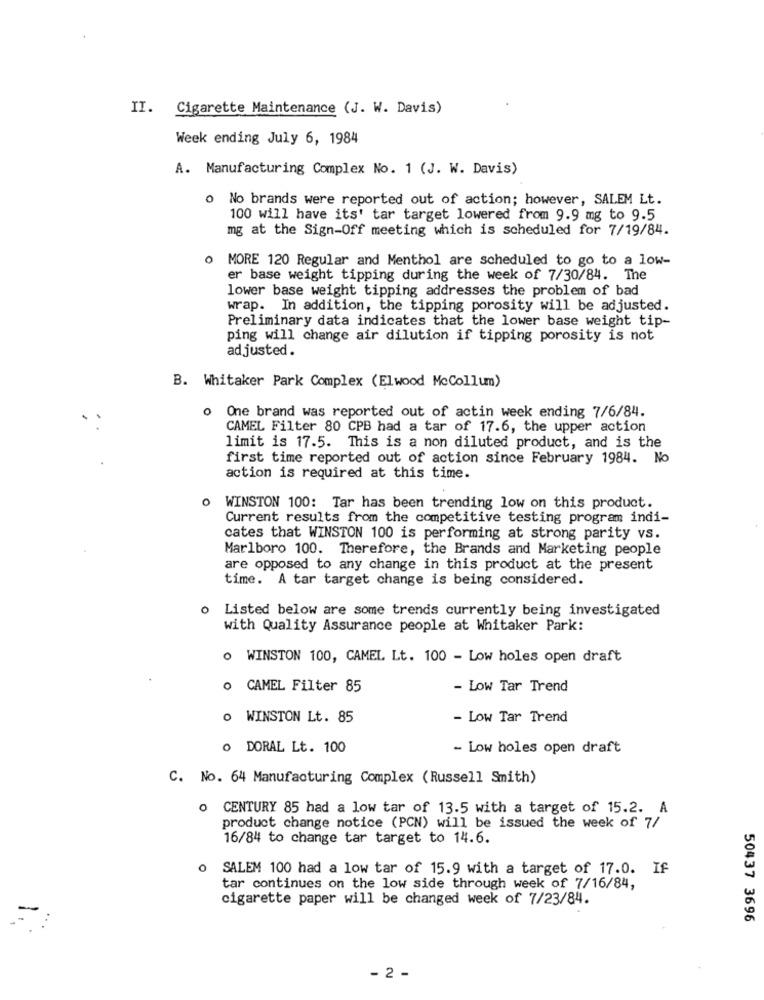
II. Cigarette Maintenance (J. W. Davis)
Week ending July 6, 1984
A. Manufacturing Complex No. 1 (J. W. Davis)
o No brands were reported out of action; however, SALEM Lt.
100 will have its' tar target lowered from 9.9 mg to 9.5
mg at the Sign-Off meeting which is scheduled for 7/19/84.
o MORE 120 Regular and Menthol are scheduled to go to a low-
er base weight tipping during the week of 7/30/84. The
lower base weight tipping addresses the problem of bad
wrap. In addition, the tipping porosity will be adjusted.
Preliminary data indicates that the lower base weight tip-
ping will change air dilution if tipping porosity is not
adjusted.
B. Whitaker Park Complex (Elwood McCollum)
o One brand was reported out of actin week ending 7/6/84.
CAMEL Filter 80 CPB had a tar of 17.6, the upper action
limit is 17.5. This is a non diluted product, and is the
first time reported out of action since February 1984. No
action is required at this time.
0
WINSTON 100: Tar has been trending low on this product.
Current results from the competitive testing program indi-
cates that WINSTON 100 is performing at strong parity vs.
Marlboro 100. Therefore, the Brands and Marketing people
are opposed to any change in this product at the present
time. A tar target change is being considered.
o Listed below are some trends currently being investigated
with Quality Assurance people at Whitaker Park:
O WINSTON 100, CAMEL Lt. 100 - Low holes open draft
CAMEL Filter 85
- Low Tar Trend
WINSTON Lt. 85
- Low Tar Trend
DORAL Lt. 100
- Low holes open draft
C. No. 64 Manufacturing Complex (Russell Smith)
O CENTURY 85 had a low tar of 13.5 with a target of 15.2. A
product change notice (PCN) will be issued the week of 7/
16/84 to change tar target to 14.6.
O SALEM 100 had a low tar of 15.9 with a target of 17.0. If
tar continues on the low side through week of 7/16/84,
cigarette paper will be changed week of 7/23/84.
50437 3696
- 2 -